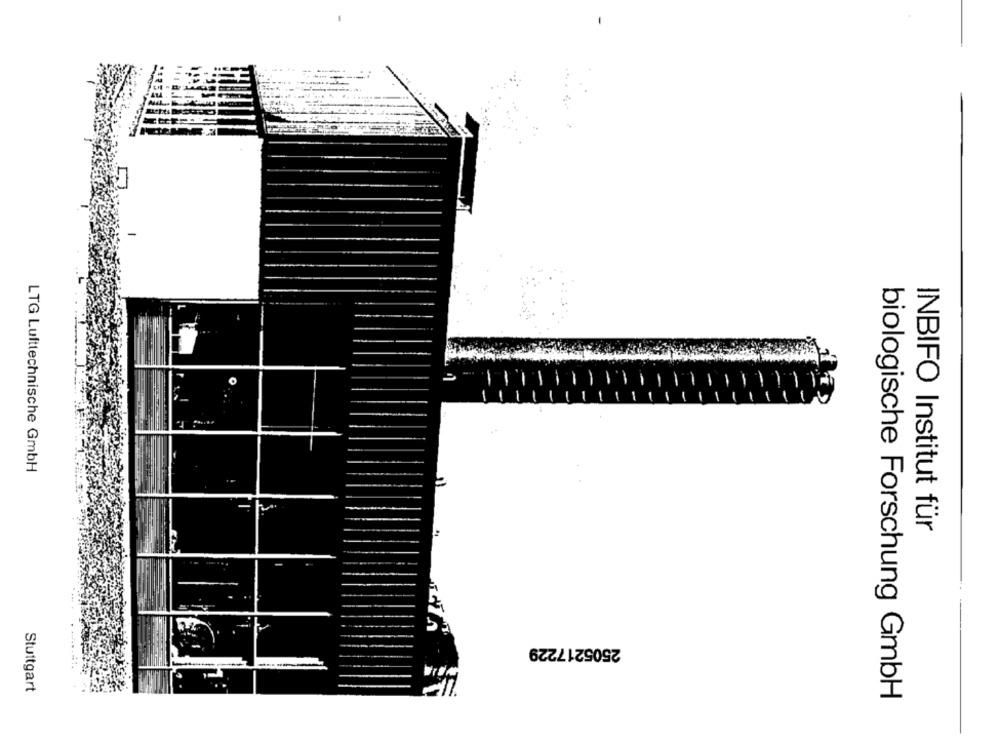
-
LTG Lufttechnische GmbH
INBIFO Institut für
2505217229
---
Stuttgart
biologische Forschung GmbH